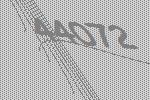
44072